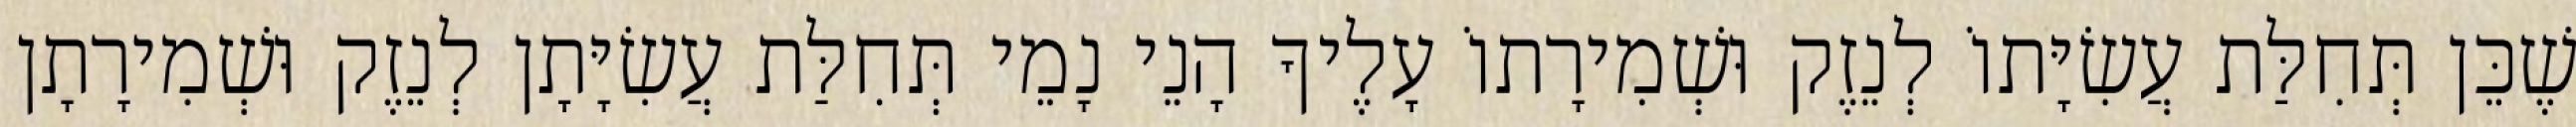
שֶׁכֵּן תְּחִלַּת עֲשִׂיָּתוֹ לְנֵזֶק וּשְׁמִירָתוֹ עָלֶיךָ הָנֵי נָמֵי תְּחִלַּת עֲשִׂיָּתָן לְנֵזֶק וּשְׁמִירָתָן